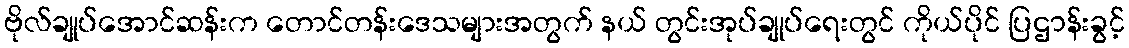
ဗိုလ်ချုပ်အောင်ဆန်းက တောင်တန်းဒေသများအတွက် နယ် တွင်းအုပ်ချုပ်ရေးတွင် ကိုယ်ပိုင် ပြဌာန်းခွင့်